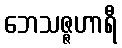
ဘေသဇ္ဇဟာရီ